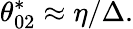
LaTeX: \theta_{02}^{*}\approx\eta/\Delta.